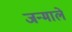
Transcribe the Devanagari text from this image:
जन्माले